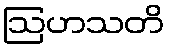
ဩဟသတိ